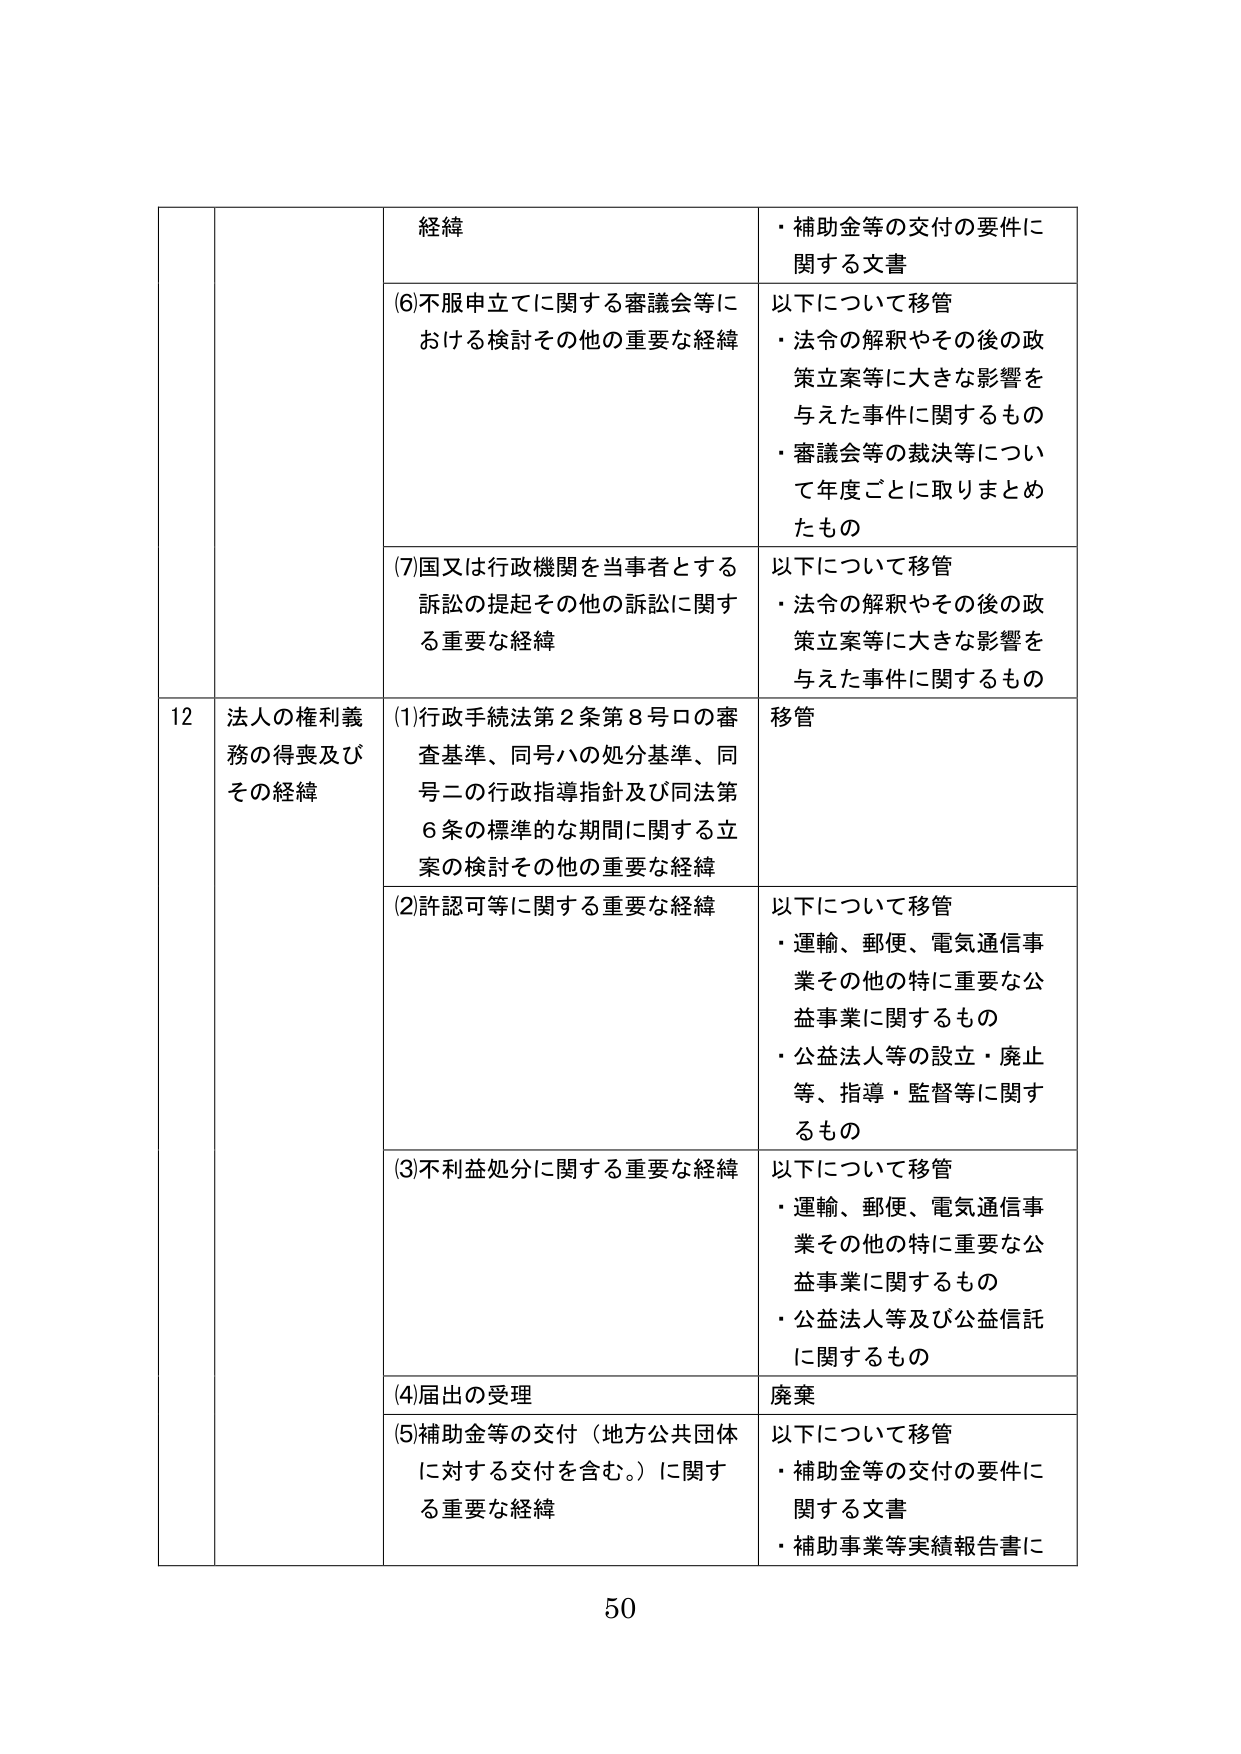
経緯
・補助金等の交付の要件に関する文書

(6)不服申立てに関する審議会等における検討その他の重要な経緯
以下について移管
・法令の解釈やその後の政策立案等に大きな影響を与えた事件に関するもの
・審議会等の裁決等について年度ごとに取りまとめたもの

(7)国又は行政機関を当事者とする訴訟の提起その他の訴訟に関する重要な経緯
以下について移管
・法令の解釈やその後の政策立案等に大きな影響を与えた事件に関するもの

12 法人の権利義務の得喪及びその経緯
(1)行政手続法第2条第8号ロの審査基準、同号ハの処分基準、同号ニの行政指導指針及び同法第6条の標準的な期間に関する立案の検討その他の重要な経緯
移管

(2)許認可等に関する重要な経緯
以下について移管
・運輸、郵便、電気通信事業その他の特に重要な公益事業に関するもの
・公益法人等の設立・廃止等、指導・監督等に関するもの

(3)不利益処分に関する重要な経緯
以下について移管
・運輸、郵便、電気通信事業その他の特に重要な公益事業に関するもの
・公益法人等及び公益信託に関するもの

(4)届出の受理
廃棄

(5)補助金等の交付（地方公共団体に対する交付を含む。）に関する重要な経緯
以下について移管
・補助金等の交付の要件に関する文書
・補助事業等実績報告書に

50